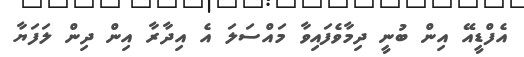
އެފްޑީއޭ އިން ބުނީ ދިމާވެފައިވާ މައްސަލަ އެ އިދާރާ އިން ދިން ލަފަޔާ